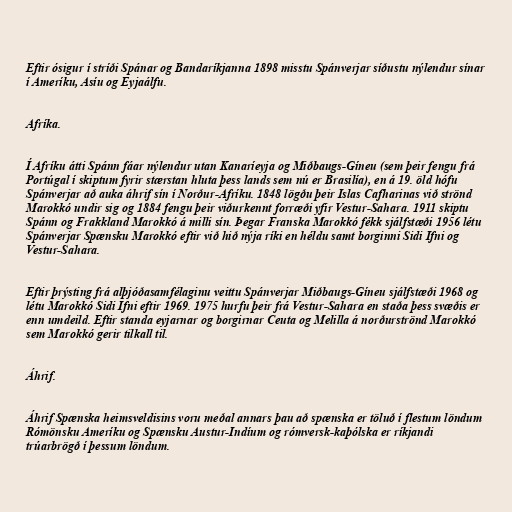
Eftir ósigur í stríði Spánar og Bandaríkjanna 1898 misstu Spánverjar síðustu nýlendur sínar
í Ameríku, Asíu og Eyjaálfu.

Afríka.

Í Afríku átti Spánn fáar nýlendur utan Kanaríeyja og Miðbaugs-Gíneu (sem þeir fengu frá
Portúgal í skiptum fyrir stærstan hluta þess lands sem nú er Brasilía), en á 19. öld hófu
Spánverjar að auka áhrif sín í Norður-Afríku. 1848 lögðu þeir Islas Cafharinas við strönd
Marokkó undir sig og 1884 fengu þeir viðurkennt forræði yfir Vestur-Sahara. 1911 skiptu
Spánn og Frakkland Marokkó á milli sín. Þegar Franska Marokkó fékk sjálfstæði 1956 létu
Spánverjar Spænsku Marokkó eftir við hið nýja ríki en héldu samt borginni Sidi Ifni og
Vestur-Sahara.

Eftir þrýsting frá alþjóðasamfélaginu veittu Spánverjar Miðbaugs-Gíneu sjálfstæði 1968 og
létu Marokkó Sidi Ifni eftir 1969. 1975 hurfu þeir frá Vestur-Sahara en staða þess svæðis er
enn umdeild. Eftir standa eyjarnar og borgirnar Ceuta og Melilla á norðurströnd Marokkó
sem Marokkó gerir tilkall til.

Áhrif.

Áhrif Spænska heimsveldisins voru meðal annars þau að spænska er töluð í flestum löndum
Rómönsku Ameríku og Spænsku Austur-Indíum og rómversk-kaþólska er ríkjandi
trúarbrögð í þessum löndum.